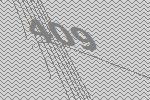
409